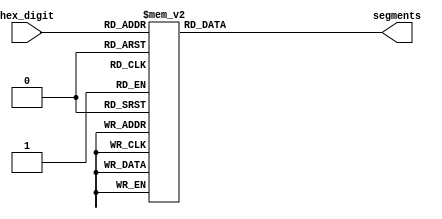
module hex_decoder(hex_digit, segments);
    input [3:0] hex_digit;
    output reg [6:0] segments;

    always @(*)
        case (hex_digit)
            4'h0: segments = 7'b100_0000;
            4'h1: segments = 7'b111_1001;
            4'h2: segments = 7'b010_0100;
            4'h3: segments = 7'b011_0000;
            4'h4: segments = 7'b001_1001;
            4'h5: segments = 7'b001_0010;
            4'h6: segments = 7'b000_0010;
            4'h7: segments = 7'b111_1000;
            4'h8: segments = 7'b000_0000;
            4'h9: segments = 7'b001_1000;
            4'hA: segments = 7'b000_1000;
            4'hB: segments = 7'b000_0011;
            4'hC: segments = 7'b100_0110;
            4'hD: segments = 7'b010_0001;
            4'hE: segments = 7'b000_0110;
            4'hF: segments = 7'b000_1110;
            default: segments = 7'h7f;
        endcase
endmodule


module rate_divider_fast(enable, clkin, clkout);
	input [0:0] enable;
	input clkin;
	output reg [0:0]clkout;
	reg [24:0] count;

	initial begin
		count = 0;
		clkout = 0;
	end

	always @(posedge clkin) begin
		if (enable == 1'b1) begin
			if (count < 10000000)
				count <= count + 1;
			else begin
				count <= 0;
				clkout <= ~clkout;
			end
		end
	end
endmodule

module rate_divider_slow(enable, clkin, clkout);
	input [0:0] enable;
	input clkin;
	output reg [0:0]clkout;
	reg [24:0] count;

	initial begin
		count = 0;
		clkout = 0;
	end

	always @(posedge clkin) begin
		if (enable == 1'b1) begin
			if (count < 24999999)
				count <= count + 1;
			else begin
				count <= 0;
				clkout <= ~clkout;
			end
		end
	end
endmodule